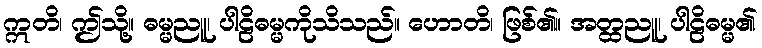
ဣတိ၊ ဤသို့။ ဓမ္မညူ၊ ပါဠိဓမ္မကိုသိသည်။ ဟောတိ၊ ဖြစ်၏။ အတ္ထညူ၊ ပါဠိဓမ္မ၏